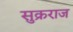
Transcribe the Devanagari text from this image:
सुक्रराज